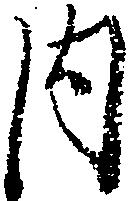
内